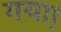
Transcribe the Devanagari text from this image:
गया़।